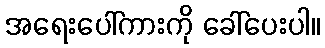
အရေးပေါ်ကားကို ခေါ်ပေးပါ။